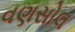
વણસોલ